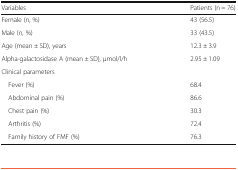
<table><thead><tr><td><b>Variables</b></td><td><b>Patients (n = 76)</b></td></tr></thead><tbody><tr><td>Female (n, %)</td><td>43 (56.5)</td></tr><tr><td>Male (n, %)</td><td>33 (43.5)</td></tr><tr><td>Age (mean ± SD), years</td><td>12.3 ± 3.9</td></tr><tr><td>Alpha-galactosidase A (mean ± SD), μmol/l/h</td><td>2.95 ± 1.09</td></tr><tr><td colspan="2">Clinical parameters</td></tr><tr><td> Fever (%)</td><td>68.4</td></tr><tr><td> Abdominal pain (%)</td><td>86.6</td></tr><tr><td> Chest pain (%)</td><td>30.3</td></tr><tr><td> Arthritis (%)</td><td>72.4</td></tr><tr><td> Family history of FMF (%)</td><td>76.3</td></tr></tbody></table>